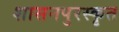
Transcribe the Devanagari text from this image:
शासनपुरस्कृत